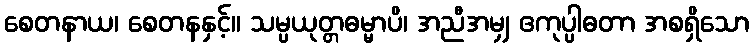
စေတနာယ၊ စေတနနှင့်။ သမ္ပယုတ္တဓမ္မာပိ၊ အညီအမျှ ဧကုပ္ပါဓတာ အစရှိသော